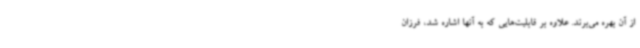
از آن بهره می‌برند. علاوه بر قابلیت‌هایی که به آنها اشاره شد، فرزان